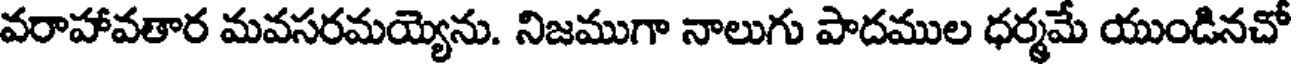
వరాహావతార మవసరమయ్యెను. నిజముగా నాలుగు పాదముల ధర్మమే యుండినచో